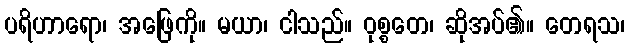
ပရိဟာရော၊ အဖြေကို။ မယာ၊ ငါသည်။ ဝုစ္စတေ၊ ဆိုအပ်၏။ တေရသ၊